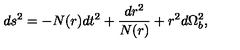
d s ^ { 2 } = - N ( r ) d t ^ { 2 } + \frac { d r ^ { 2 } } { N ( r ) } + r ^ { 2 } d \Omega _ { b } ^ { 2 } ,